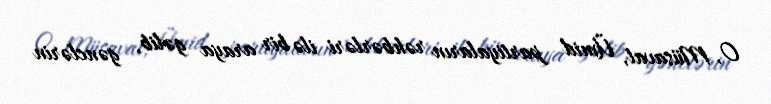
O, Müsavat, Ümid partiyaların rəhbərləri ilə bir araya gəlib, gənclərin